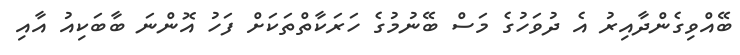
ބޭއްވިގެންދާއިރު އެ ދުވަހުގެ މަސް ބޭނުމުގެ ހަރަކާތްތަކަށް ފަހު އޮންނަ ބާބަކިއު އާއި